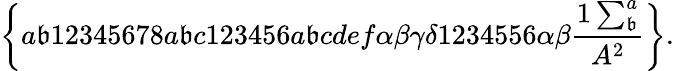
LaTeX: \left\{ a\mathfrak{b}12345678a\mathfrak{b}c123456a\mathfrak{b}cdef\alpha\beta\gamma\delta1234556\alpha\beta\frac{{1\sum_{\mathfrak{b}}^{a}}}{{A^{2}}}\right\} .